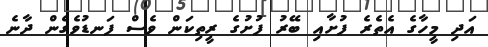
އަދި މީހާގެ އެތެރެ ފުށާއި ބޭރު ފުށުގެ ރީތިކަން ވެސް ފަނޑުވެގެން ދާނެ